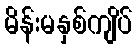
မိန်းမနှစ်ကျိပ်